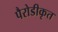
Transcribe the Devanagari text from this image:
पैरोडीकृत